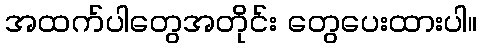
အထက်ပါတွေအတိုင်း တွေပေးထားပါ။